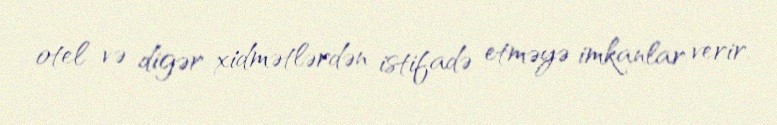
otel və digər xidmətlərdən istifadə etməyə imkanlar verir.